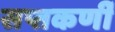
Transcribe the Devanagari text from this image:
सप्तकर्णी